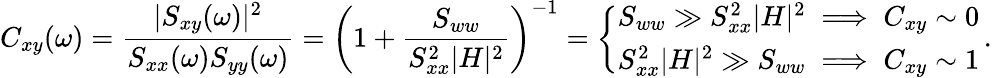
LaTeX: C_{xy}(\omega)=\frac{|S_{xy}(\omega)|^{2}}{S_{xx}(\omega)S_{yy}(\omega)}=\biggl(1+\frac{S_{ww}}{S_{xx}^{2}|H|^{2}}\biggr)^{-1}=\left\{ \begin{array}{ll}{S_{ww}\gg S_{xx}^{2}|H|^{2}\implies C_{xy}\sim 0}\\ {S_{xx}^{2}|H|^{2}\gg S_{ww}\implies C_{xy}\sim 1}\end{array}\right.\, .